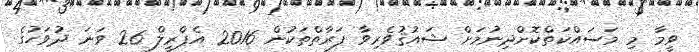
ވީމާ މި މަސައްކަތްކޮށްދިނުމަށް ޝައުޤުވެރިވާ ފަރާތްތަކުން 2016 އެޕްރީލް 26 ވަނަ ދުވަހުގެ